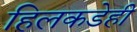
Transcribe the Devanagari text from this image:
हिलकडेही